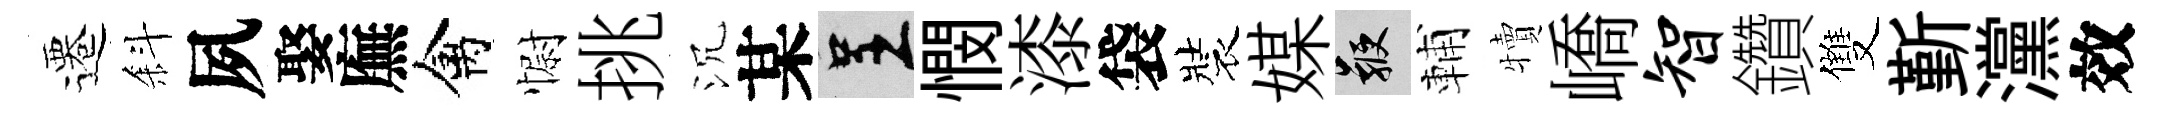
遷斜夙娶廡禽𢠢挑沉某呈憫漆袋裝媒鞭輔犢嶠智鑽雙斳灙效